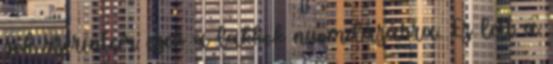
jók szerintem ezek a lakkok nyomdázásra. Ez lett a